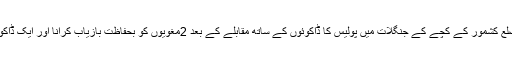
اس کا واضح ثبوت ضلع کشمور کے کچے کے جنگلات میں پولیس کا ڈاکوئوں کے ساتھ مقابلے کے بعد 2مغویوں کو بحفاظت بازیاب کرانا اور ایک ڈاکو کو گرفتار کرنا ہے۔